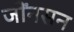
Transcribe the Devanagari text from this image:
जोंनसन